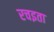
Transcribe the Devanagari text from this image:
रचइता